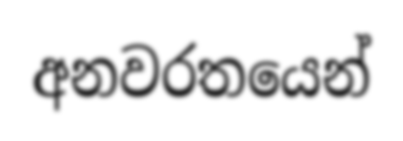
අනවරතයෙන්